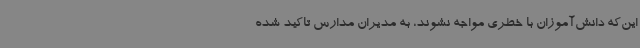
این‌که دانش‌آموزان با خطری مواجه نشوند، به مدیران مدارس تاکید شده